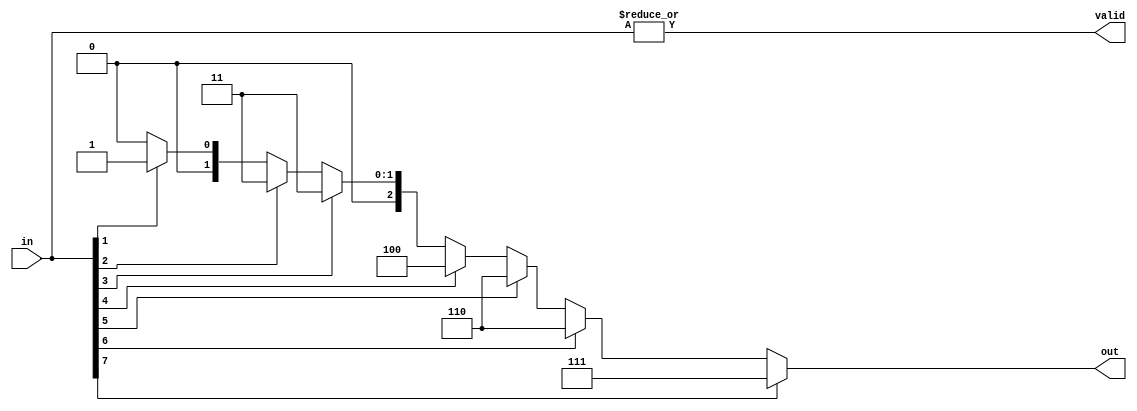
// This is a buggy 8-input priority encoder
module priorityEncoder8(input [7:0]in, output [2:0] out, output valid);
  assign out = in[7] ? 3'b111 : in[6] ? 3'b110 : in[5] ? 3'b110 : in[4] ? 3'b100 : in[3] ? 3'b011 : in[2] ? 3'b011 : in[1] ? 3'b001 : in[0] ? 3'b000 : 3'b000;
  assign valid = |in;
endmodule